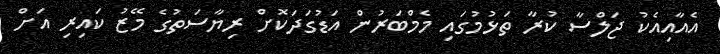
އެއާއިއެކު ޖަލްސާ ކުރާ ތަޅުމުގައި މެމްބަރުން އަޑުގަދަކޮށް ރިޔާސަތުގެ މޭޒު ކައިރި އަށް